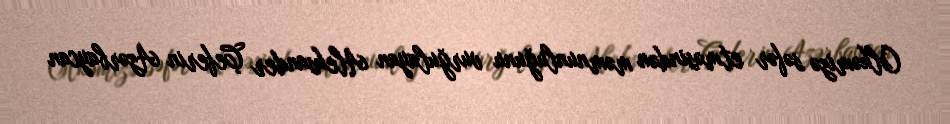
Ölkəmizə səfər etməsindən məmnunluğunu vurğulayan Aleksander Çeferin Azərbaycan